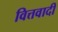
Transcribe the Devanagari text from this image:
वित्तवादी